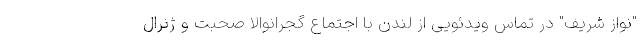
"نواز شریف" در تماس ویدئویی از لندن با اجتماع گجرانوالا صحبت و ژنرال